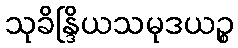
သုခိန္ဒြိယသမုဒယဉ္စ